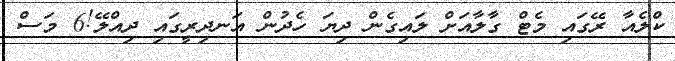
ކްލެއާ ރޭގައި މެޓް ގާލާއަށް ލައިގެން ދިޔަ ހެދުން އަނދިރީގައި ދިއްލޭ!6 މަސް